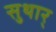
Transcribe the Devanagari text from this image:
सुथार्